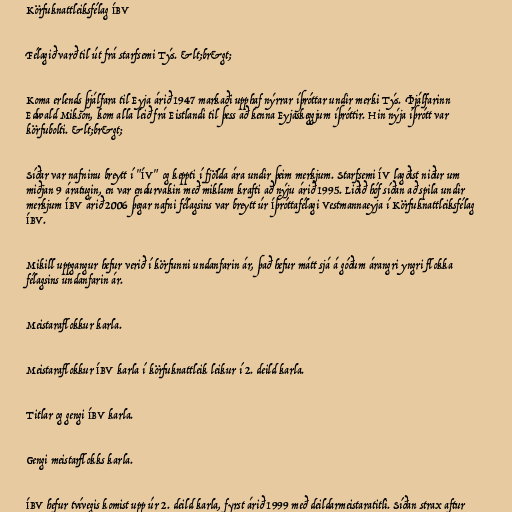
Körfuknattleiksfélag ÍBV

Félagið varð til út frá starfsemi Týs. &lt;br&gt;

Koma erlends þjálfara til Eyja árið 1947 markaði upphaf nýrrar íþróttar undir merki Týs. Þjálfarinn
Edwald Mikson, kom alla leið frá Eistlandi til þess að kenna Eyjaskeggjum íþróttir. Hin nýja íþrótt var
körfubolti. &lt;br&gt;

Síðar var nafninu breytt í "ÍV" og keppti í fjölda ára undir þeim merkjum. Starfsemi ÍV lagðist niður um
miðjan 9 áratugin, en var endurvakin með miklum krafti að nýju árið 1995. Liðið hóf síðan að spila undir
merkjum ÍBV árið 2006 þegar nafni félagsins var breytt úr Íþróttafélagi Vestmannaeyja í Körfuknattleiksfélag
ÍBV.

Mikill uppgangur hefur verið í körfunni undanfarin ár, það hefur mátt sjá á góðum árangri yngri flokka
félagsins undanfarin ár.

Meistaraflokkur karla.

Meistaraflokkur ÍBV karla í körfuknattleik leikur í 2. deild karla.

Titlar og gengi ÍBV karla.

Gengi meistarflokks karla.

ÍBV hefur tvívegis komist upp úr 2. deild karla, fyrst árið 1999 með deildarmeistaratitli. Síðan strax aftur